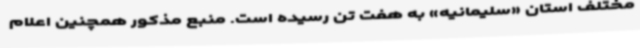
مختلف استان «سلیمانیه» به هفت تن رسیده است. منبع مذکور همچنین اعلام